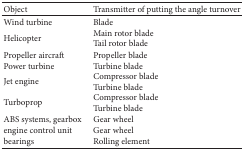
| Object | Transmitter of putting the angle turnover |
 | --- | --- |
 | Wind turbine | Blade |
 | Helicopter | Main rotor bladeTail rotor blade |
 | Propeller aircraft | Propeller blade |
 | Power turbine | Turbine blade |
 | Jet engine | Compressor bladeTurbine blade |
 | Turboprop | Compressor bladeTurbine blade |
 | ABS systems, gearbox | Gear wheel |
 | engine control unit | Gear wheel |
 | bearings | Rolling element |